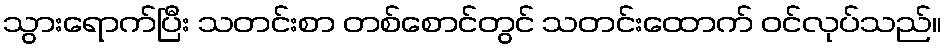
သွားရောက်ပြီး သတင်းစာ တစ်စောင်တွင် သတင်းထောက် ဝင်လုပ်သည်။